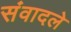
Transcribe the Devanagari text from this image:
संवादले